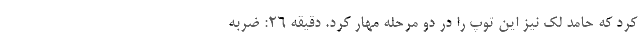
کرد که حامد لک نیز این توپ را در دو مرحله مهار کرد. دقیقه 26: ضربه